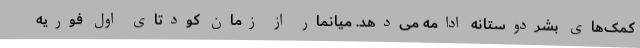
کمک‌های بشردوستانه ادامه می‌دهد. میانمار از زمان کودتای اول فوریه